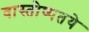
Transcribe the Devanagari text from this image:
वास्तोष्पतये